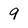
Character: 9